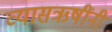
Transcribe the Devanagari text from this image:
व्यासऋषींनी